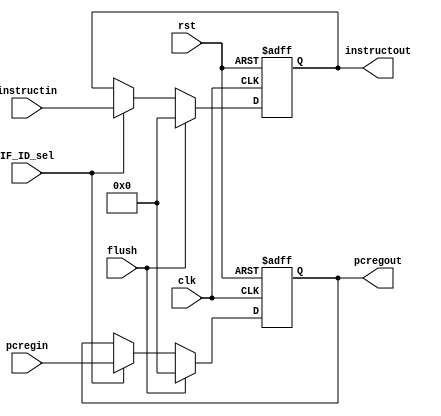
module IF_ID(input [31:0]pcregin,input [31:0]instructin, 
output reg[31:0]pcregout,output reg[31:0]instructout, input clk, input rst
  ,input IF_ID_sel, input flush);
  
 
	 always @(posedge clk  or posedge rst)
	 begin
	 if(rst)
	 begin
	 pcregout<=32'd0;
	 instructout<=32'd0;
	 end
	 else if(flush==1'b1)begin
	 pcregout<=32'd0;
	 instructout<=32'd0;
	 end
	 else if(IF_ID_sel==1'b0)begin
//do nothing
	 end
	 else if(IF_ID_sel==1'b1) begin
	 pcregout<=pcregin;
	 instructout<=instructin;
	 end
	 end


endmodule